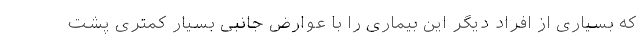
که بسیاری از افراد دیگر این بیماری را با عوارض جانبی بسیار کمتری پشت